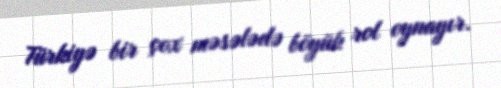
Türkiyə bir çox məsələdə böyük rol oynayır.